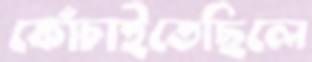
কোঁচাইতেছিলে